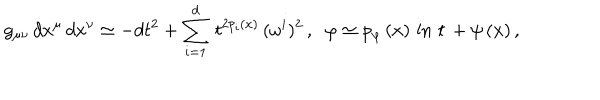
g _ { \mu \nu } \, d x ^ { \mu } \, d x ^ { \nu } \simeq - d t ^ { 2 } + \sum _ { i = 1 } ^ { d } \, t ^ { 2 p _ { i } ( x ) } \, ( \omega ^ { i } ) ^ { 2 } \, , \; \; \varphi \simeq p _ { \varphi } \, ( x ) \, \ln \, t \, + \psi \, ( x ) \, ,